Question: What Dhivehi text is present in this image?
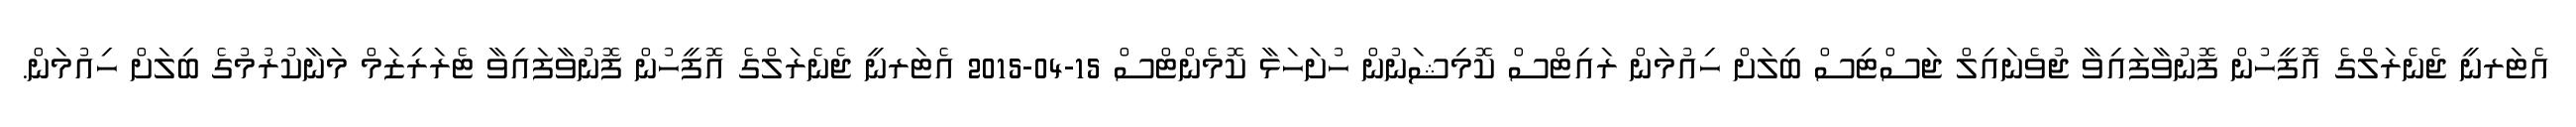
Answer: އެޓަރނީ ޖެނެރަލްގެ އޮފީހުން ފޮނުވާފައިވާ ޖުވެނައިލް ޖަސްޓިސް ބިލަށް ހިއުމަން ރައިޓްސް ކޮމިޝަނުން ހުށަހަޅާ ކޮމެންޓްސް 15-04-2015 އެޓަރނީ ޖެނެރަލްގެ އޮފީހުން ފޮނުވާފައިވާ ޓެރަރިޒަމް މަނާކުރުމުގެ ބިލަށް ހިއުމަން.